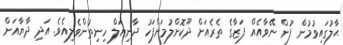
ޙާލުގައިވުމުން ފުން ނޭވާއެއް ފަޒާގެ ތެރެއަށް ދޫކޮށްލުމަށްފަހު ދާނިޔަލް ހިނިތުންވެލިއެވެ. އަދި ދާޔާއަށް